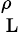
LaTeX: _\mathrm{~L~}^{\rho}